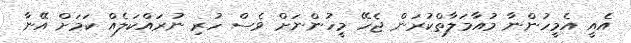
އެއީ އެމީހުންނާ މުއާމަލާތްކުރަން ޖެހޭ މީހުންނަށް ވެސް ހުރި ނުރައްކަލެއް ކަމަށް އޭނާ